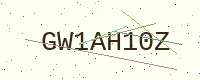
Text: GW1AH10Z